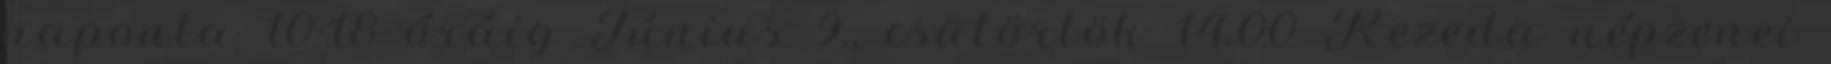
naponta 10-18 óráig Június 9., csütörtök 14.00 Rezeda népzenei